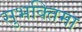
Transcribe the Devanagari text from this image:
सुभक्तिमा